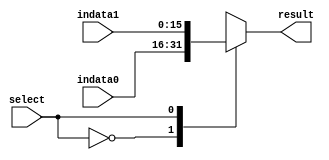
module mux(
	result,   // Output of multiplexer
	indata0,  // Input 0
	indata1,  // Input 1
	select    // 1-bit select
	);	

output [15:0] result;
input [15:0] indata0, indata1;
input select;

reg [15:0] result;

always @(indata0 or indata1 or select)
	case(select)
	0: result = indata0;
	1: result = indata1;
	endcase

endmodule